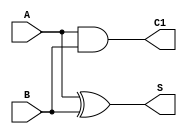
module half_adder(input A, input B, output C1, output S);
  xor (S, A, B);
  and (C1, A, B);
endmodule